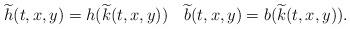
LaTeX: \begin{align*} \widetilde h(t,x,y)=h( \widetilde k(t,x,y))\quad \widetilde b(t,x,y)=b( \widetilde k(t,x,y)). \end{align*}